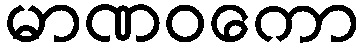
မာဏဝကော